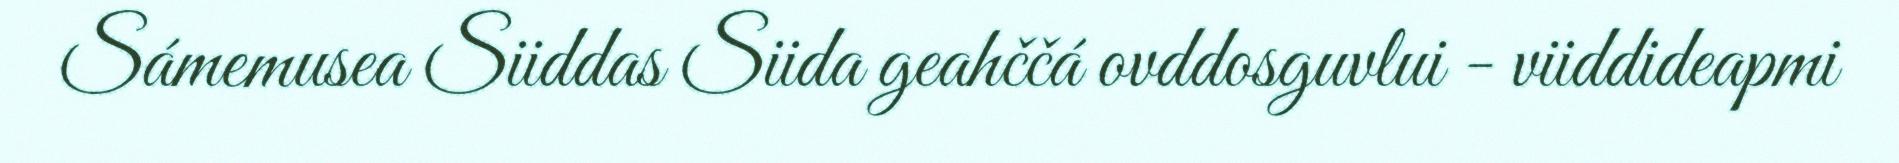
Sámemusea Siiddas Siida geahččá ovddosguvlui - viiddideapmi